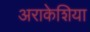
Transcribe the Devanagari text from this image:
अराकेशिया